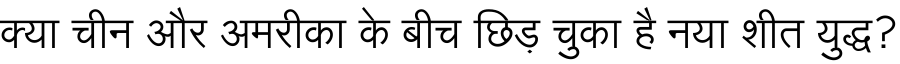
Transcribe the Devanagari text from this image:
क्या चीन और अमरीका के बीच छिड़ चुका है नया शीत युद्ध?